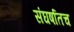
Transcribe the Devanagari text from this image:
संघर्षातच